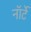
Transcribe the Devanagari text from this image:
नॉर्टे